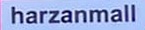
harzanmall